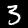
Label: 3